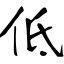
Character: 低